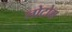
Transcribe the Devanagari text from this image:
लोटोम